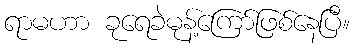
ရာမဟာ ခုရေခဲမုန့်ကြော်ဖြစ်နေပြီ။